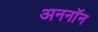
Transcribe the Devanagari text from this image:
अननाॅन